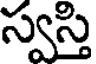
స్వస్తి